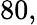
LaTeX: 80,